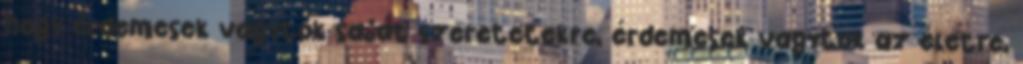
hogy érdemesek vagytok saját szeretetekre, érdemesek vagytok az életre,